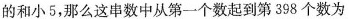
的和小5，那么这串数中从第一个数起到第398个数为